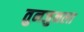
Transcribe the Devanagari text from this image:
तुनजुनला